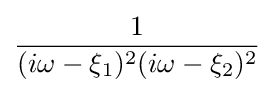
{\frac {1}{(i\omega -\xi _{1})^{2}(i\omega -\xi _{2})^{2}}}